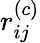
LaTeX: r_{ij}^{(c)}